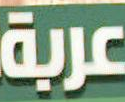
عربة